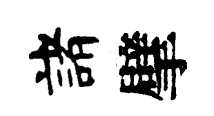
諸擘